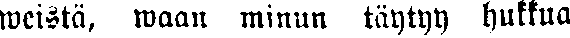
weistä, waan minun täytyy hukkua